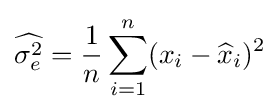
{\widehat {\sigma _{e}^{2}}}={\frac {1}{n}}\sum _{i=1}^{n}(x_{i}-{\widehat {x}}_{i})^{2}